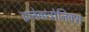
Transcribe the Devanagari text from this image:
इलेकट्रोनिक्स